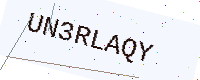
Text: UN3RLAQY